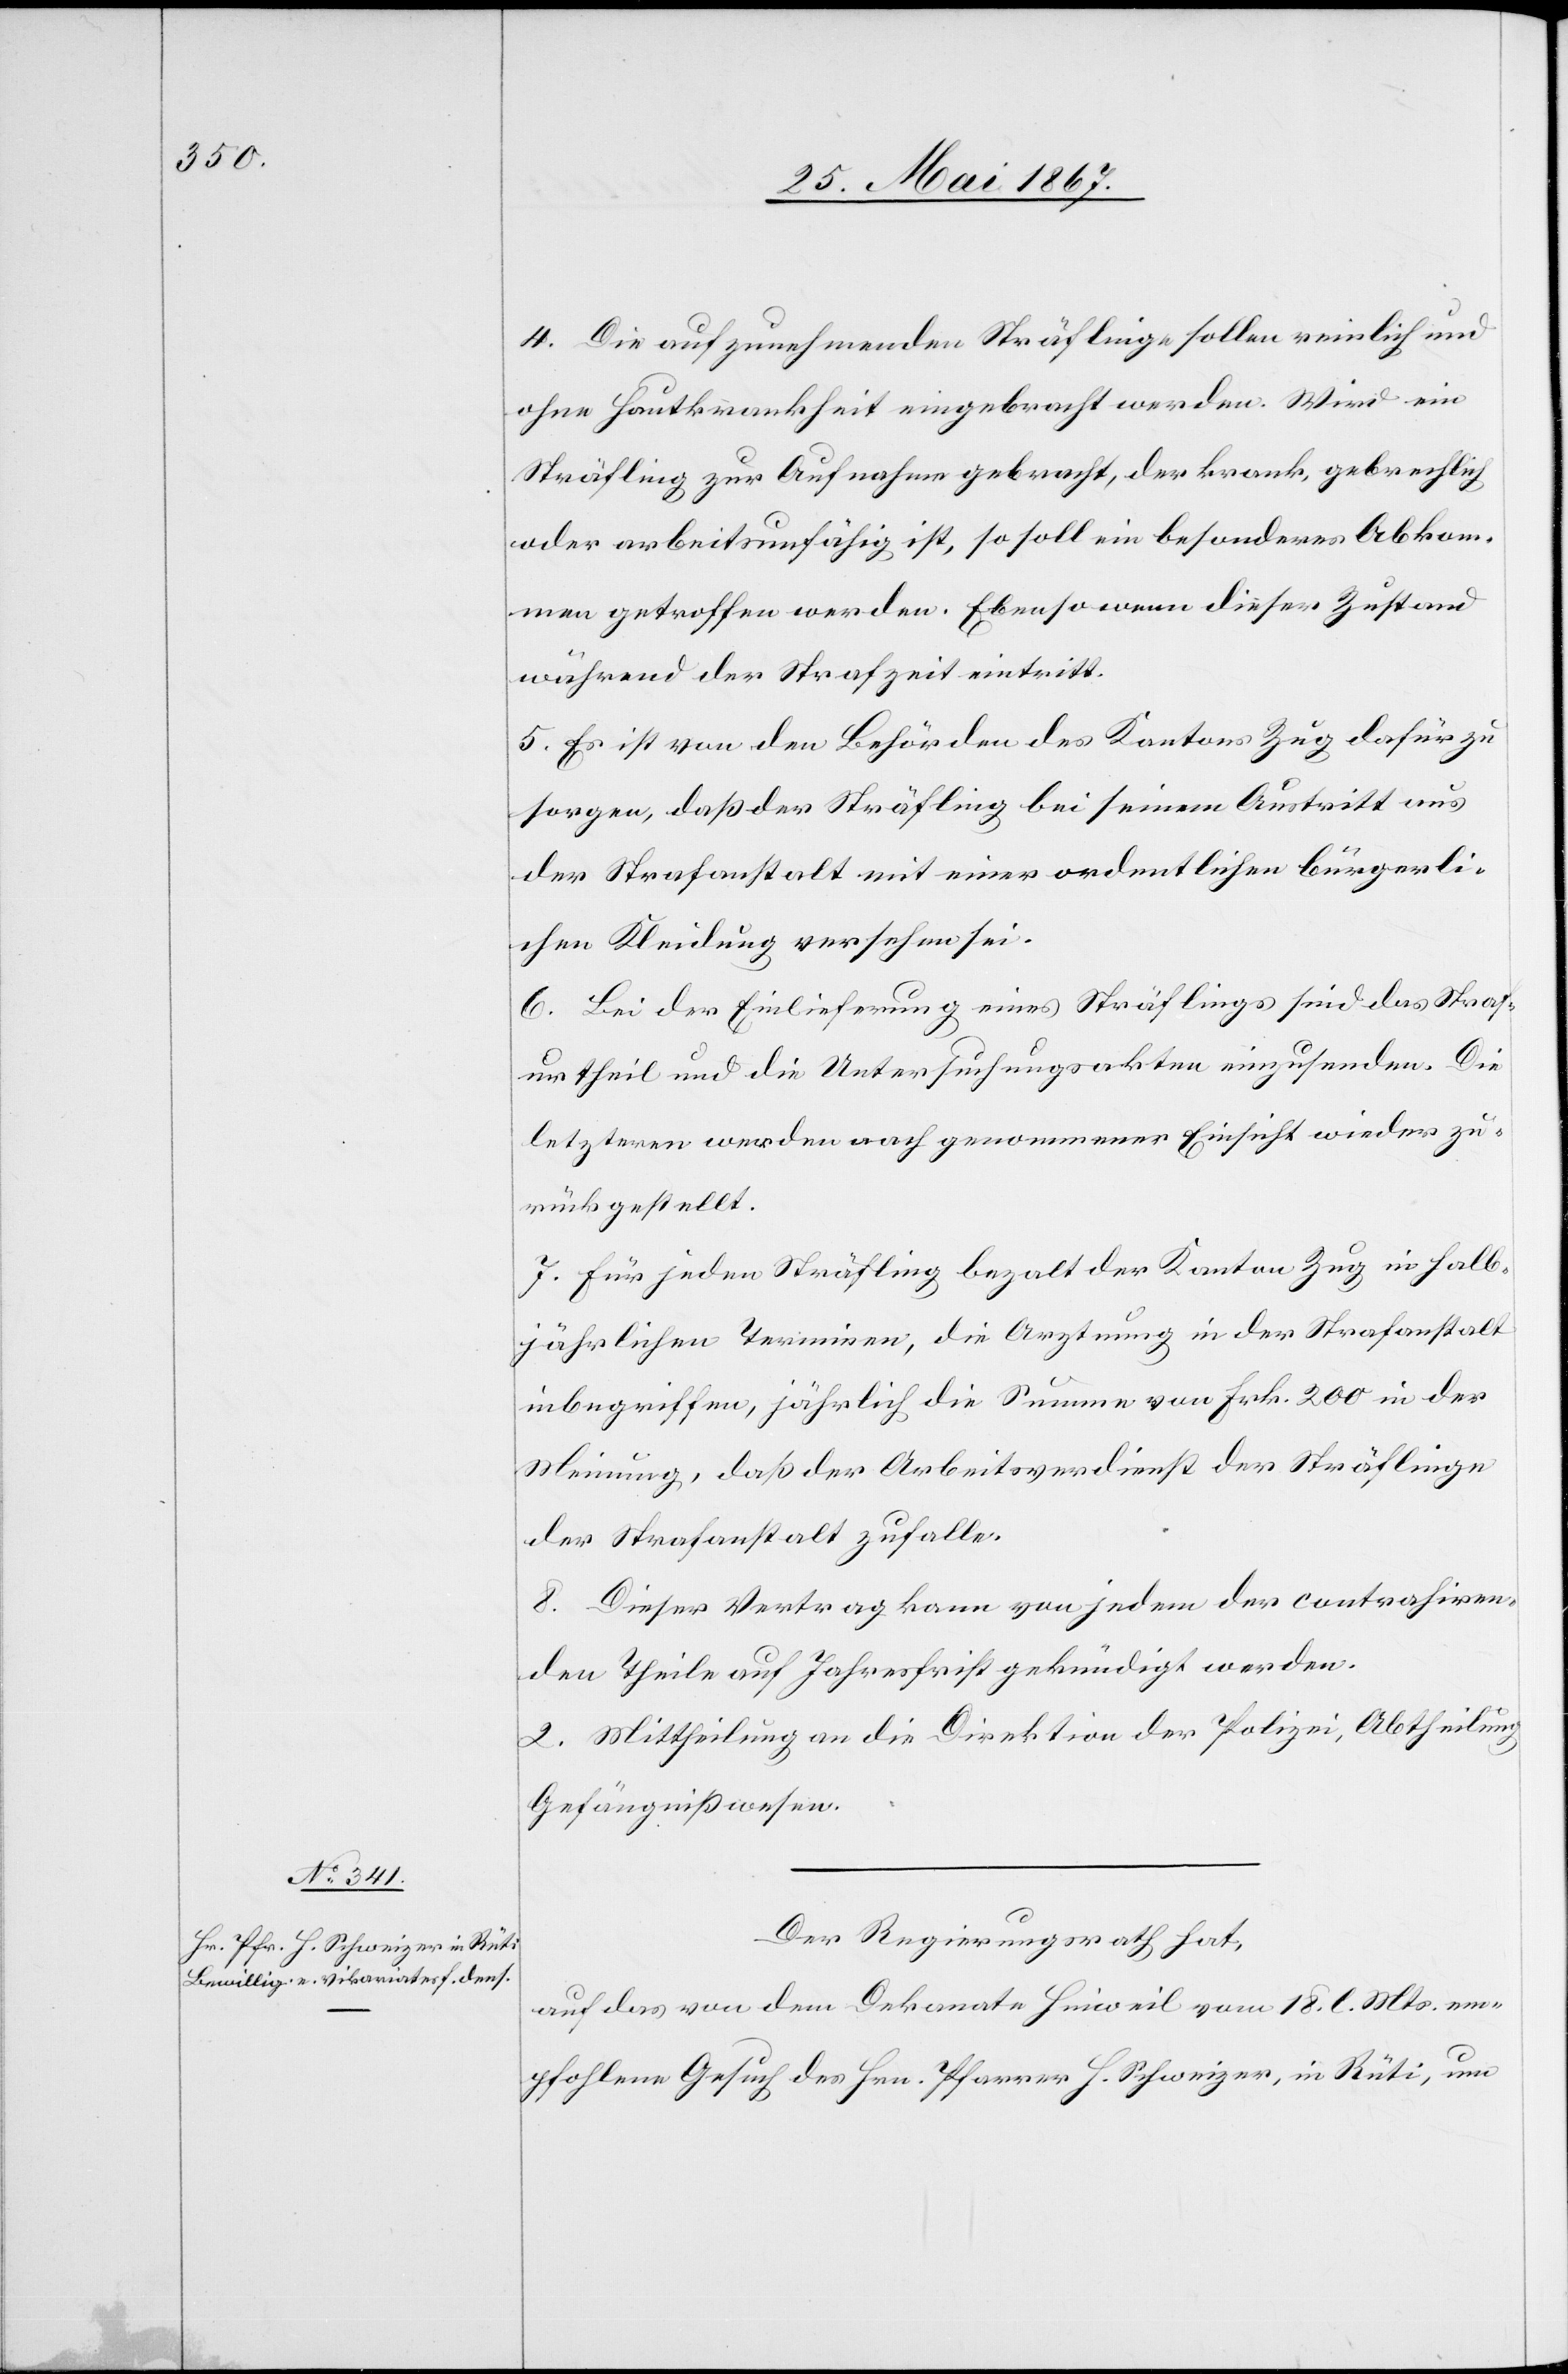
4. Die aufzunehmenden Sträflinge sollen reinlich und
ohne Hautkrankheit eingebracht werden. Wird ein
Sträfling zur Aufnahme gebracht, der krank, gebrechlich
oder arbeitsunfähig ist, so soll ein besonderes Abkom¬
men getroffen werden. Ebenso wenn dieser Zustand
während der Strafzeit eintritt.
5. Es ist von den Behörden des Kantons Zug dafür zu
sorgen, daß der Sträfling bei seinem Austritt aus
der Strafanstalt mit einer ordentlichen bürgerli¬
chen Kleidung versehen sei.
6. Bei der Einlieferung eines Sträflings sind das Straf¬
urtheil und die Untersuchungsakten einzusenden. Die
letzteren werden nach genommener Einsicht wieder zu¬
rückgestellt.
7. Für jeden Sträfling bezahlt der Kanton Zug in halb¬
jährlichen Terminen, die Arztung in der Strafanstalt
inbegriffen, jährlich die Summe von Frk. 200 in der
Meinung, daß der Arbeitsverdienst der Sträflinge
der Strafanstalt zufalle.
8. Dieser Vertrag kann von jedem der contrahiren¬
den Theile auf Jahresfrist gekündigt werden.
2. Mittheilung an die Direktion der Polizei, Abtheilung
Gefängnißwesen.
Der Regierungsrath hat,
auf das von dem Dekanate Hinweil vom 18. l. Mts. em¬
pfohlene Gesuch des Hrn. Pfarrer H. Schweizer, in Rüti, um